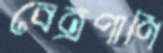
বেত্রপাণি